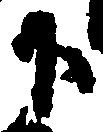
下